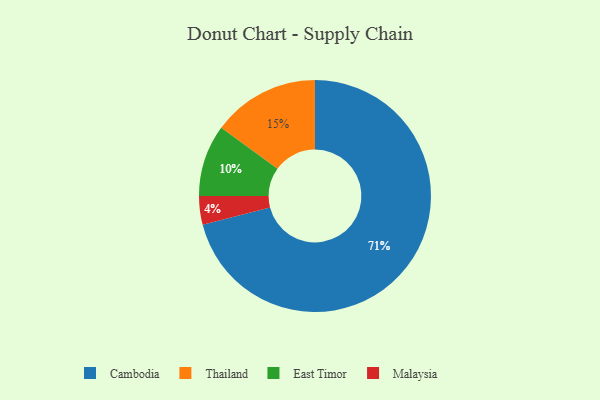
{"axis": {"x": "Category", "y": "Percentage"}, "legend": ["Cambodia", "East Timor", "Malaysia", "Thailand"], "data": [{"x": "Cambodia", "y": 71, "type": "Cambodia"}, {"x": "East Timor", "y": 10, "type": "East Timor"}, {"x": "Thailand", "y": 15, "type": "Thailand"}, {"x": "Malaysia", "y": 4, "type": "Malaysia"}]}